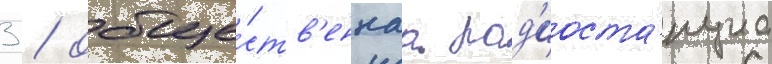
3 / обще́ств'еннаа рад'иоста́нциа